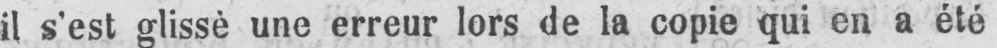
il s’est glissè une erreur lors de la copie qui en a été